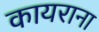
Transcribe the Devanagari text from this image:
कायराना